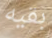
بقيه